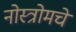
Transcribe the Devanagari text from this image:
नोस्त्रोमचे